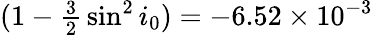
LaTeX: (1-{\textstyle\frac{3}{2}}\sin^{2}i_{0})=-6.52\times 10^{-3}